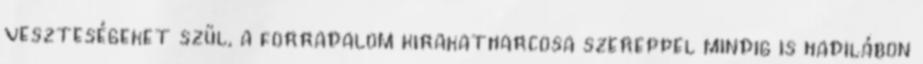
veszteségeket szül, a forradalom kirakatharcosa szereppel mindig is hadilábon